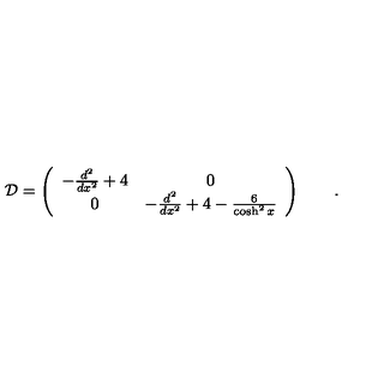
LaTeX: { \cal D } = \left( \begin{array} { c c } { - \frac { d ^ { 2 } } { d x ^ { 2 } } + 4 } & { 0 } \\ { 0 } & { - \frac { d ^ { 2 } } { d x ^ { 2 } } + 4 - \frac { 6 } { \cosh ^ { 2 } x } } \\ \end{array} \right) \qquad .